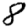
Digit: 8